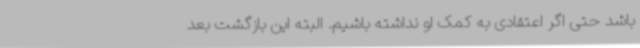
باشد حتی اگر اعتقادی به کمک او نداشته باشیم. البته این بازگشت بعد